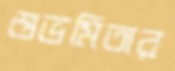
শুভমিতার